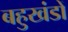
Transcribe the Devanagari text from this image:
बहुखंडों